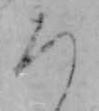
ろ